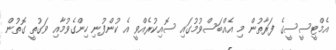
އެމްޓީސީސީގެ ފަރާތުން މި އެއްބަސްވުމުގައި ސޮއިކުރެއްވީ އެ ކުންފުނި ހިންގެވުމާއި ވަގުތީ ގޮތުން